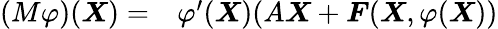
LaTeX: \begin{array}{rl}{(M\varphi)(\boldsymbol{X})=}&{{}\varphi^{\prime}(\boldsymbol{X})(A\boldsymbol{X}+\boldsymbol{F}(\boldsymbol{X},\varphi(\boldsymbol{X}))}\end{array}